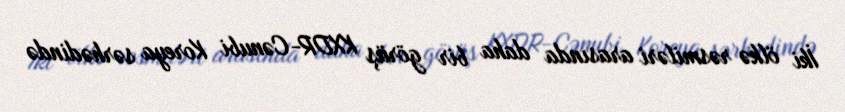
İki ölkə rəsmiləri arasında daha bir görüş KXDR-Cənubi Koreya sərhədində